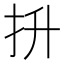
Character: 抍